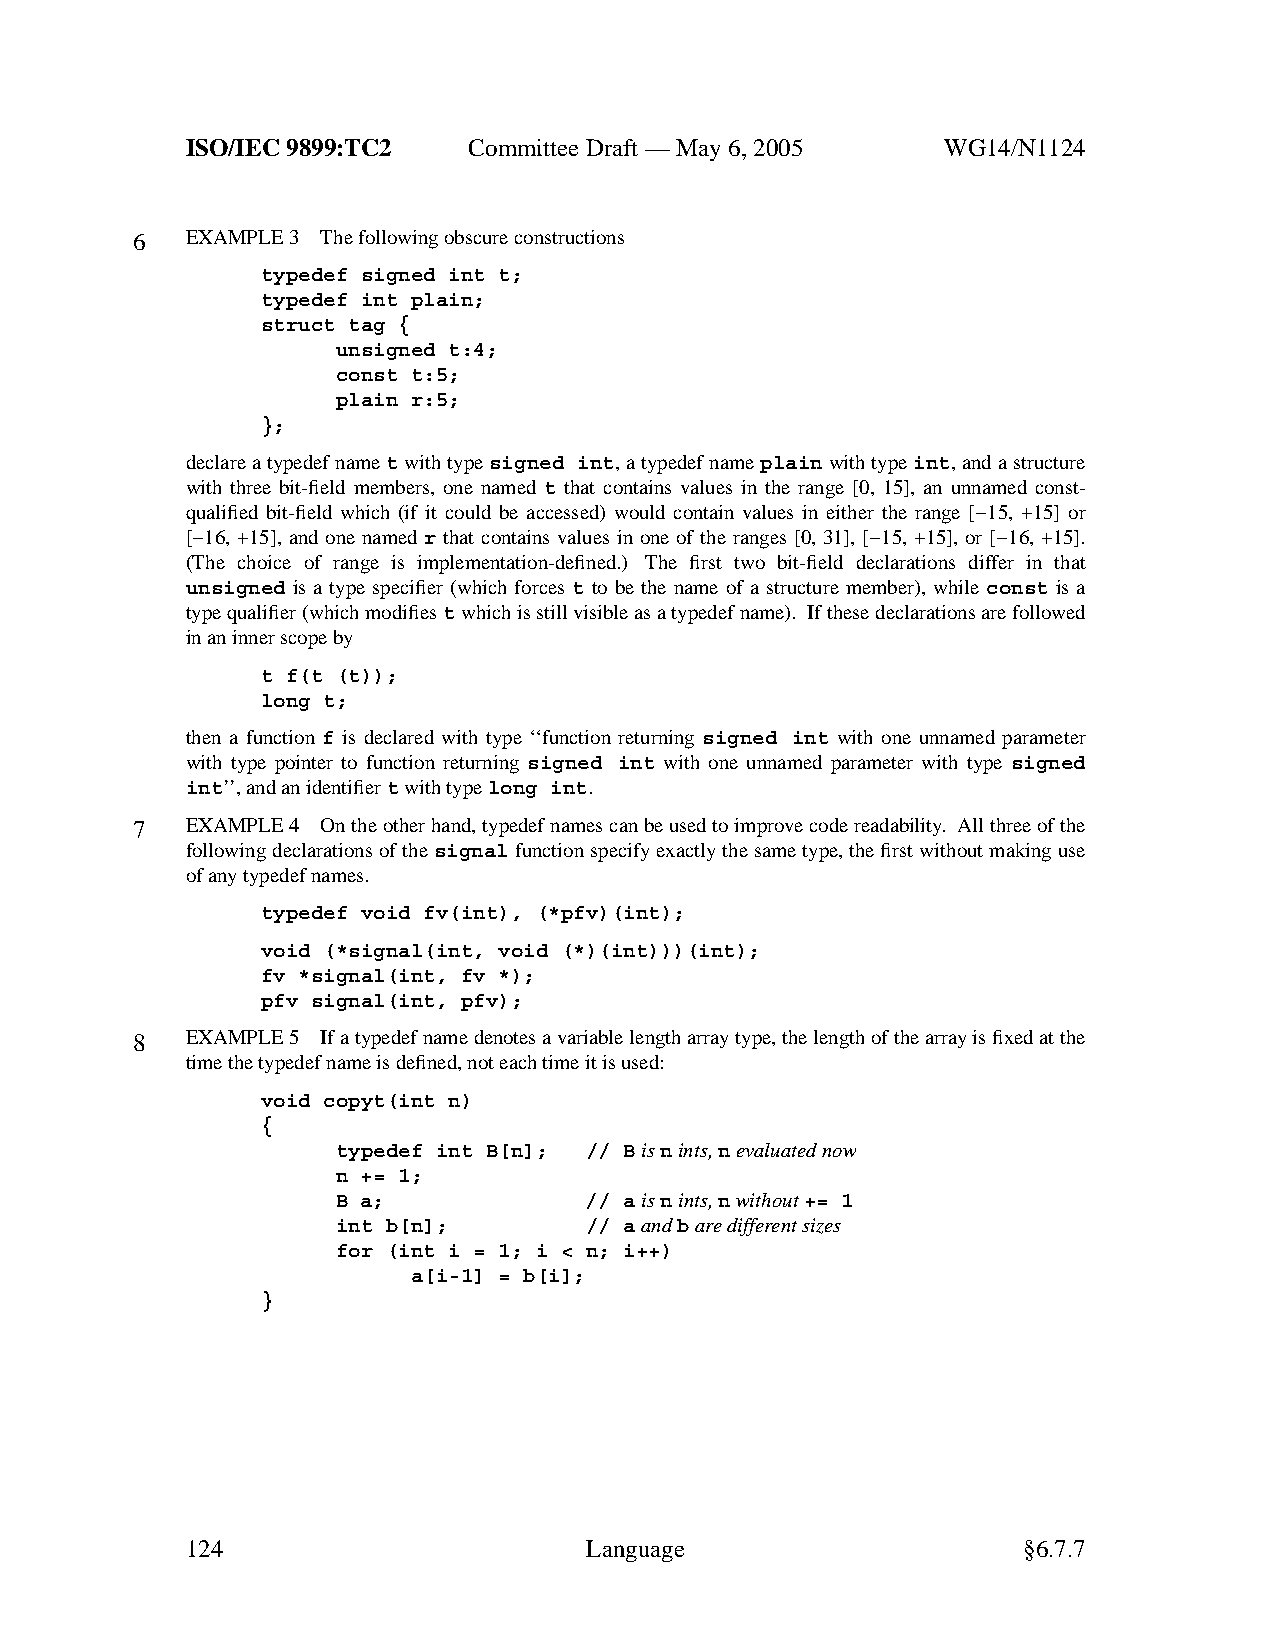
ISO/IEC 9899:TC2   Committee Draft — May 6, 2005   WG14/N1124
 6  EXAMPLE 3 The following obscure constructions
 typedef signed int t;
 typedef int plain;
 struct tag {
 unsigned t:4;
 const t:5;
 plain r:5;
 };
 declare a typedef nametwith typesigned int,atypedef nameplainwith typeint,and a structure
 with three bit-field members, one named t that contains values in the range [0, 15], an unnamed const-
 qualified bit-field which (if it could be accessed) would contain values in either the range [−15, +15] or
 [−16, +15], and one named r that contains values in one of the ranges [0, 31], [−15, +15], or [−16, +15].
 (The choice of range is implementation-defined.) The first two bit-field declarations differ in that
 unsigned is a type specifier (which forces t to be the name of a structure member), while const is a
 type qualifier (which modifiestwhich is still visible as a typedef name). If these declarations are followed
 in an inner scope by
 t f(t (t));
 long t;
 then a function f is declared with type ‘‘function returning signed int with one unnamed parameter
 with type pointer to function returning signed int with one unnamed parameter with type signed
 int’’,and an identifiertwith typelong int.
 7  EXAMPLE 4 On the other hand, typedef names can be used to improve code readability. All three of the
 following declarations of thesignalfunction specify exactly the same type, the first without making use
 of anytypedef names.
 typedef void fv(int), (*pfv)(int);
 void (*signal(int, void (*)(int)))(int);
 fv *signal(int, fv *);
 pfv signal(int, pfv);
 8  EXAMPLE 5 If a typedef name denotes a variable length array type, the length of the array is fixed at the
 time the typedef name is defined, not each time it is used:
 void copyt(int n)
 {
 typedef int B[n]; // Bisnints,nevaluated now
 n += 1;
 B a;             // aisnints,nwithout+= 1
 int b[n];        // aandbaredifferent sizes
 for (int i = 1; i < n; i++)
 a[i-1] = b[i];
 }
 124                        Language                     §6.7.7